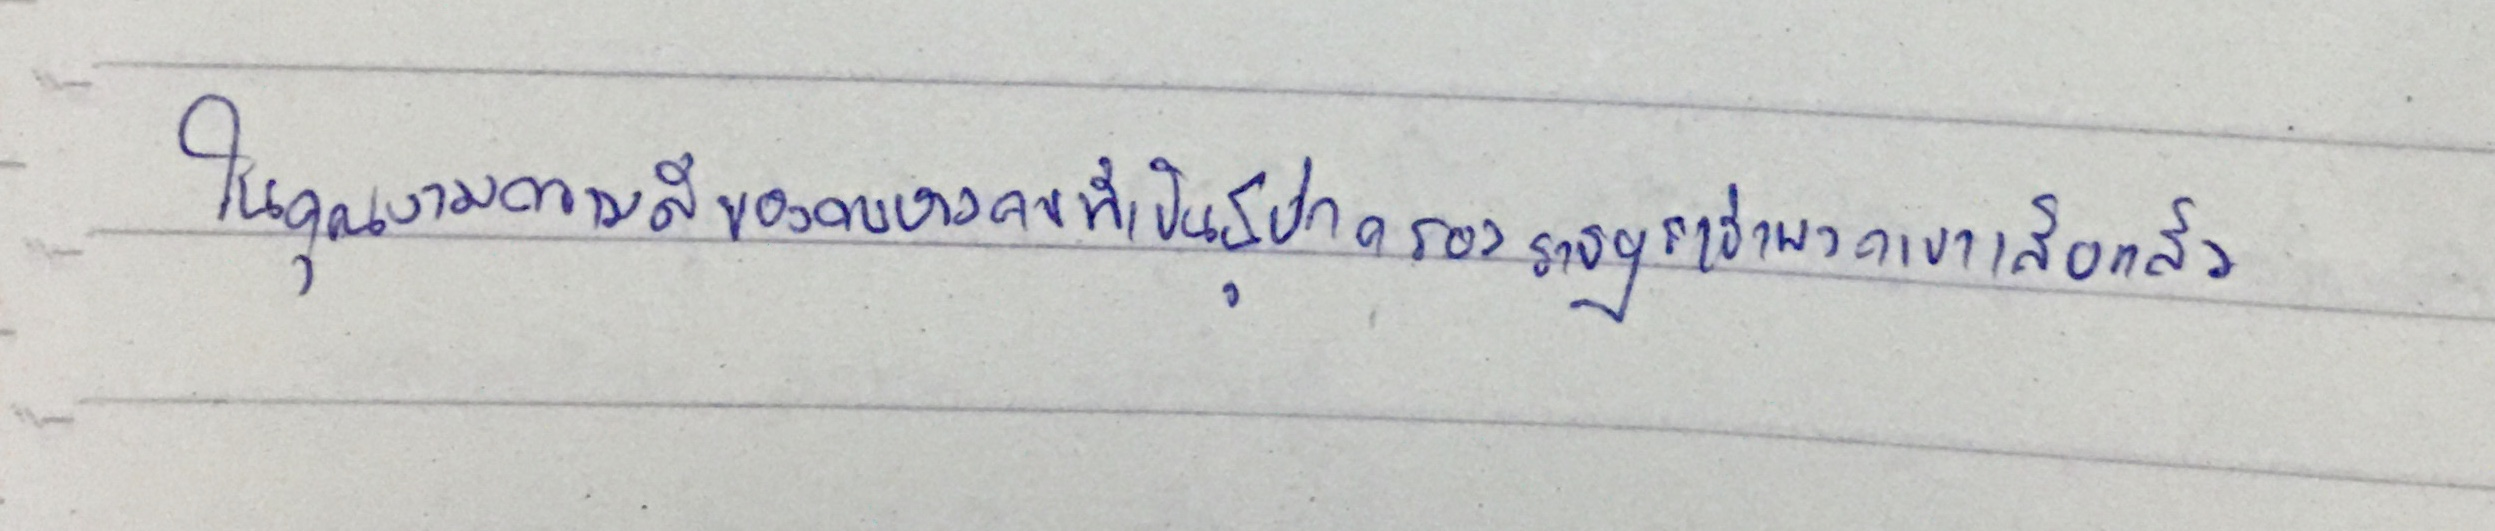
ในคุณงามความดีของคนบางคนที่เป็นผู้ปกครองราษฎรเช่นพวกเขาเสียแล้ว